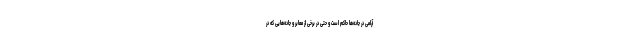
آرامی در جاده‌ها حاکم است و حتی در برخی از معابر و جاده‌هایی که در